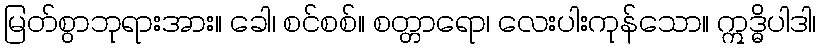
မြတ်စွာဘုရားအား။ ခေါ၊ စင်စစ်။ စတ္တာရော၊ လေးပါးကုန်သော။ ဣဒ္ဓိပါဒါ၊